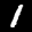
Label: 1